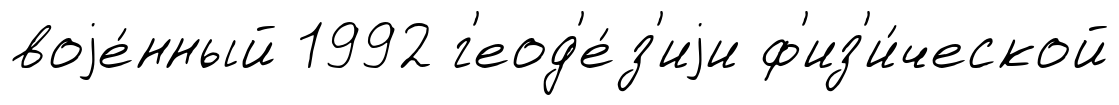
воjе́нный 1992 г'еод'е́з'иjи ф'из'и́ческой